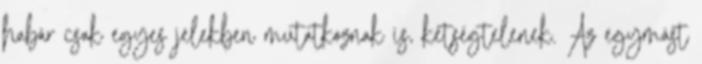
habár csak egyes jelekben mutatkoznak is, kétségtelenek. Az egymást